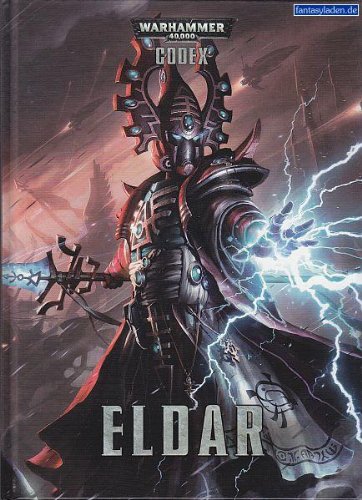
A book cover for Codex: Eldar; Sports & Outdoors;